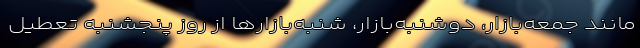
مانند جمعه‌بازار، دوشنبه‌بازار، شنبه‌بازارها از روز پنجشنبه تعطیل